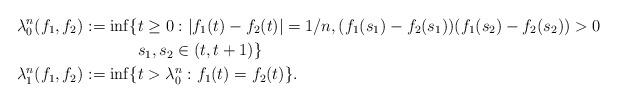
LaTeX: \begin{align*}\lambda_0^n(f_1,f_2) := \inf\{ & t \geq 0: |f_1(t) - f_2(t)| = 1/n, (f_1(s_1) - f_2(s_1))(f_1(s_2) - f_2(s_2)) > 0 \\& s_1,s_2 \in (t,t+1)\} \\\lambda_1^n(f_1,f_2) := \inf\{ & t > \lambda_0^n : f_1(t) = f_2(t)\}.\end{align*}